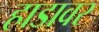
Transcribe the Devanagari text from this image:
हाडावर